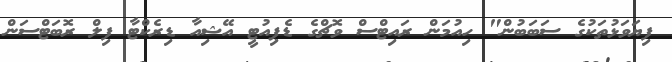
ފިޔަވަޅުުތަކުގެ ސަބަބުން" ހިއުމަން ރައިޓްސް ވޮޗްގެ ޑެޕިއުޓީ އޭޝިއާ ޑިރެކްޓާ ފިލް ރޮބަޓްސަން